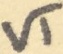
Text: VT